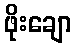
ဖိုးချော